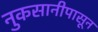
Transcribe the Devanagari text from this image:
नुकसानीपासून